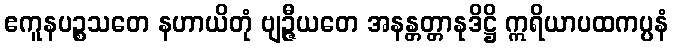
ဧကူနပဉ္စသတေ နဟာယိတုံ ဗျဉ္ဇီယတေ အနန္တတ္တာနုဒိဋ္ဌိ ဣရိယာပထကပ္ပနံ